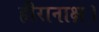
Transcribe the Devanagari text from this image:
हीरानाक्ष।